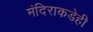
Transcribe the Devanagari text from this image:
मंदिराकडेही